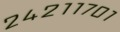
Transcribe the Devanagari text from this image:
२४२११७०१